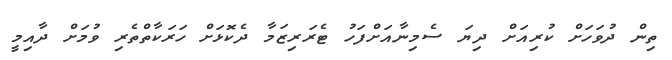
ތިން ދުވަހަށް ކުރިއަށް ދިޔަ ސެމިނާއަށްފަހު ޓެރަރިޒަމާ ދެކޮޅަށް ހަރަކާތްތެރި ވުމަށް ދާއިމީ